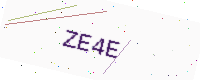
Text: ZE4E